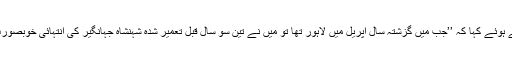
فروری 1900 ء کو وائسرائے ہند لارڈ کرزن نے ایشیائی سوسائٹی آف بنگال کے سامنے تقریر کرتے ہوئے کہا کہ ’’جب میں گزشتہ سال اپریل میں لاہور تھا تو میں نے تین سو سال قبل تعمیر شدہ شہنشاہ جہانگیر کی انتہائی خوبصورت مسجد کو دیکھا جو سکھ دور حکومت کی طرح اس وقت بھی بطور شاہی خزانہ استعال ہو رہی تھی۔